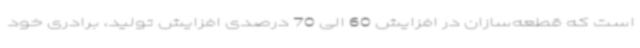
است که قطعه‌سازان در افزایش 60 الی 70 درصدی افزایش تولید، برادری خود